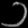
Digit: ၁